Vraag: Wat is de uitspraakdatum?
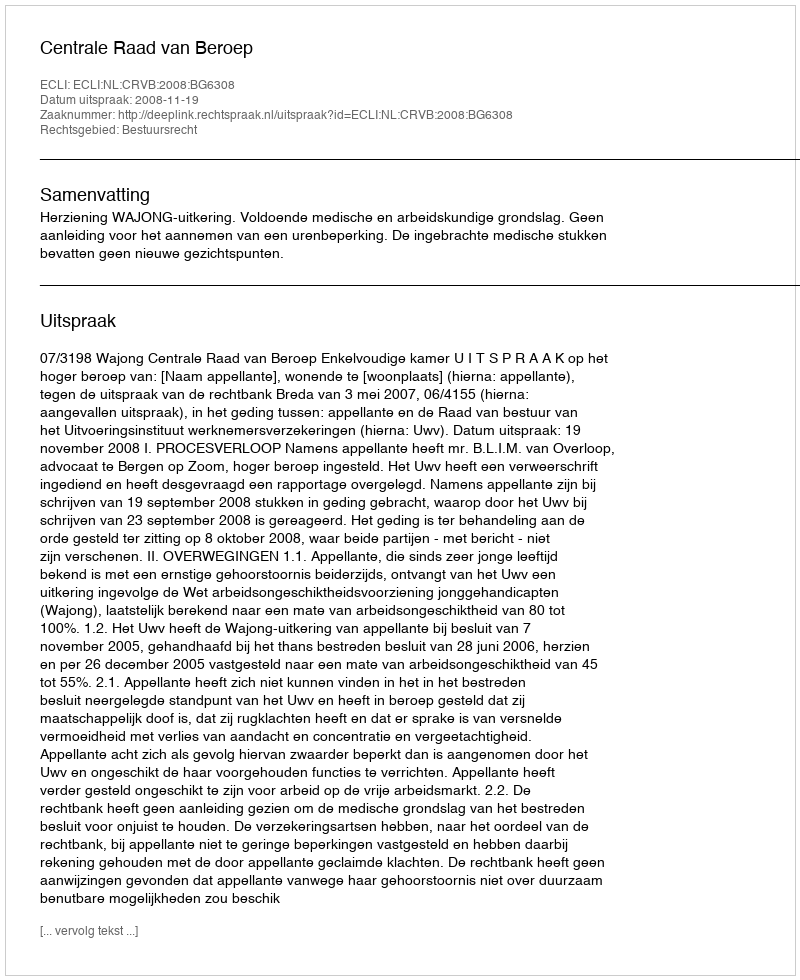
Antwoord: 2008-11-19